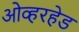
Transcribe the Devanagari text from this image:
ओव्हरहेड